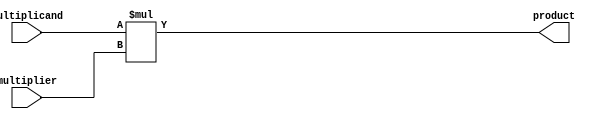
module signed_multiplier (
    input signed [31:0] multiplicand,
    input signed [31:0] multiplier,
    output reg signed [63:0] product
);

always @(*) begin
    product = multiplicand * multiplier;
end

endmodule